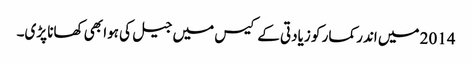
2014 میں اندر کمار کو زیادتی کے کیس میں جیل کی ہوا بھی کھانا پڑی۔